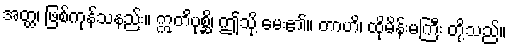
အတ္ထ၊ ဖြစ်ကုန်သနည်း။ ဣတိပုစ္ဆိ၊ ဤသို့ မေး၏။ တာဟိ၊ ထိုမိန်းမကြီး တို့သည်။